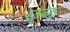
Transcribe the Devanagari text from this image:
छ्ळ